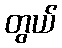
တွယ်